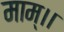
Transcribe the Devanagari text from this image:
माम्।।